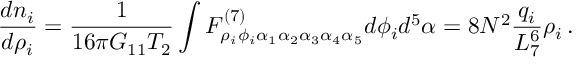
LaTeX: \frac { d n _ { i } } { d \rho _ { i } } = \frac { 1 } { 1 6 \pi G _ { 1 1 } T _ { 2 } } \int F _ { \rho _ { i } \phi _ { i } \alpha _ { 1 } \alpha _ { 2 } \alpha _ { 3 } \alpha _ { 4 } \alpha _ { 5 } } ^ { ( 7 ) } d \phi _ { i } d ^ { 5 } \alpha = 8 N ^ { 2 } \frac { q _ { i } } { L _ { 7 } ^ { 6 } } \rho _ { i } \, .